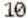
10